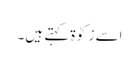
اسے زکوٰۃ کہتے ہیں۔